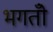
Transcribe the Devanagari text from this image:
भगतोँ